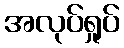
အလုပ်ရှုပ်